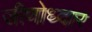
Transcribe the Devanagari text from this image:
जीणोध्दार